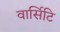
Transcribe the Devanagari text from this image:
वार्सिटि